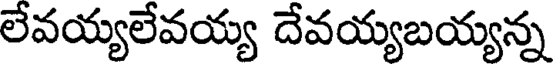
లేవయ్యలేవయ్య దేవయ్యబయ్యన్న